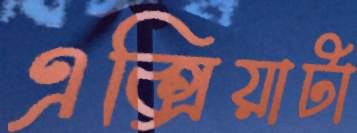
এক্সিয়াটা